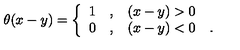
\theta ( x - y ) = \left\{ \begin{array} { c c l } { 1 } & { , } & { ( x - y ) > 0 } \\ { 0 } & { , } & { ( x - y ) < 0 \quad . } \\ \end{array} \right.